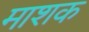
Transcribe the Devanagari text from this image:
माशक